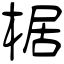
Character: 椐